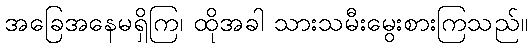
အခြေအနေမရှိကြ၊ ထိုအခါ သားသမီးမွေးစားကြသည်။